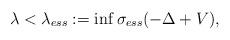
LaTeX: \begin{align*} \lambda < \lambda_{ess}:= \inf \sigma_{ess}(-\Delta + V), \end{align*}